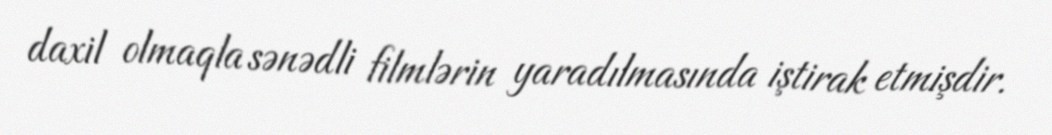
daxil olmaqla sənədli filmlərin yaradılmasında iştirak etmişdir.